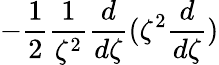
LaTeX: -\frac{1}{2}\frac{1}{\zeta^{2}}\frac{d}{d\zeta}(\zeta^{2}\frac{d}{d\zeta})